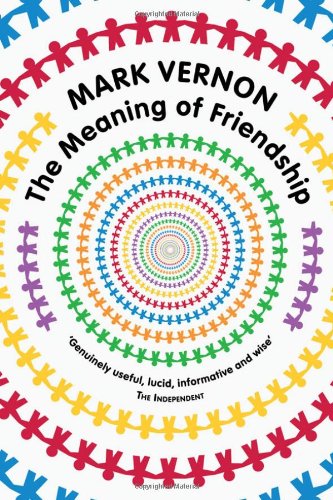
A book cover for The Meaning of Friendship; Mark Vernon; Politics & Social Sciences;